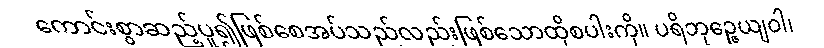
ကောင်းစွာဆည့်ပူ၍ဖြစ်စေအပ်သည်လည်းဖြစ်သောထိုစပါးကို။ ပရိဘုဉ္ဇေယျဝါ၊